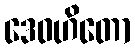
ဒေဝဟိတော